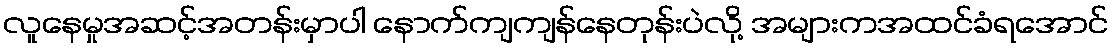
လူနေမှုအဆင့်အတန်းမှာပါ နောက်ကျကျန်နေတုန်းပဲလို့ အများကအထင်ခံရအောင်